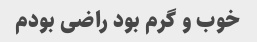
خوب و گرم بود راضی بودم